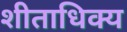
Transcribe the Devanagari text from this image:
शीताधिक्य